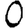
Digit: 0